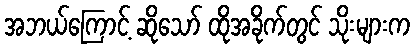
အဘယ်ကြောင့် ဆိုသော် ထိုအခိုက်တွင် သိုးများက